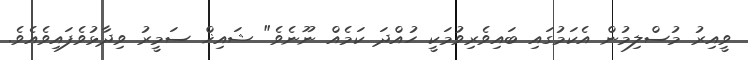
ވީއިރު މުސްލިމުން އެކަމުގައި ބައިވެރިވުމަކީ ހުއްދަ ކަމެއް ނޫނެވެ" ޝައިޚް ސަމީރު ވިދާޅުވެފައިވެއެވެ.